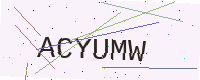
Text: ACYUMW